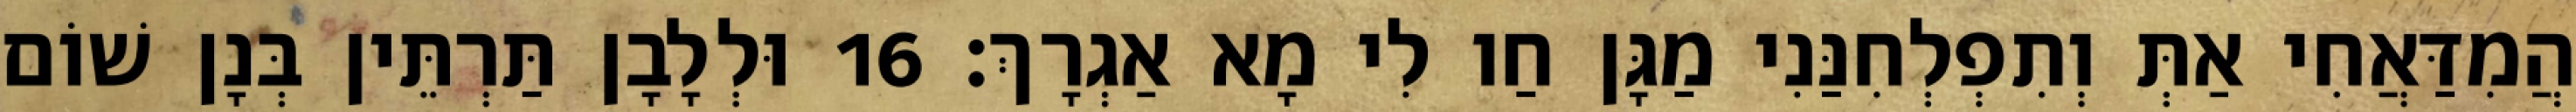
הֲמִדַּאֲחִי אַתְּ וְתִפְלְחִנַּנִי מַגָּן חַו לִי מָא אַגְרָךְ׃ 16 וּלְלָבָן תַּרְתֵּין בְּנָן שׁוֹם